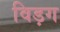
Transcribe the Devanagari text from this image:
विड़ग